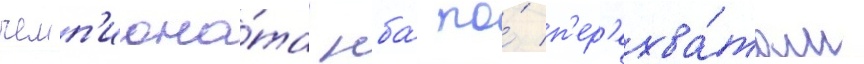
чемп'иона́та нба́ по́ п'ер'ехва́там